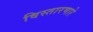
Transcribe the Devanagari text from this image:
विस्तारणारे